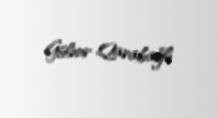
Gülnur Qarabağlı